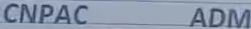
CNPAC ADM